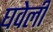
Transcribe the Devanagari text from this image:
घवेली